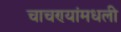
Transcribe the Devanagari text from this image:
चाचण्यांमधली